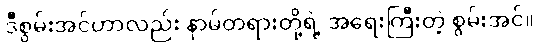
ဒီစွမ်းအင်ဟာလည်း နာမ်တရားတို့ရဲ့ အရေးကြီးတဲ့ စွမ်းအင်။